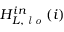
H _ { L , \textit { l o } } ^ { i n } ( i )